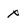
Character: x